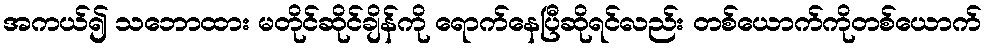
အကယ်၍ သဘောထား မတိုင်ဆိုင်ချိန်ကို ရောက်နေပြီဆိုရင်လည်း တစ်ယောက်ကိုတစ်ယောက်